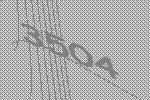
3504